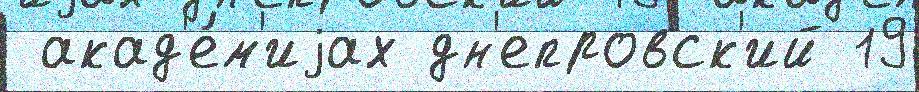
 акад'е́м'иjах дн'епровск'ий 19